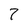
Character: 7